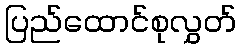
ပြည်ထောင်စုလွှတ်